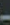
-